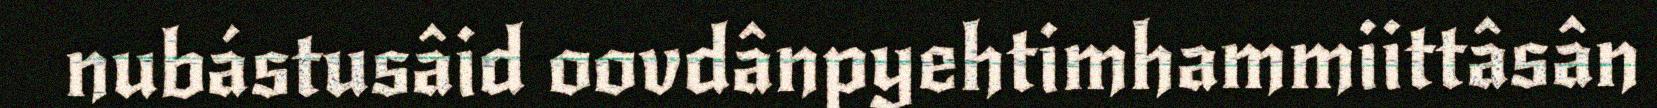
nubástusâid oovdânpyehtimhammiittâsân